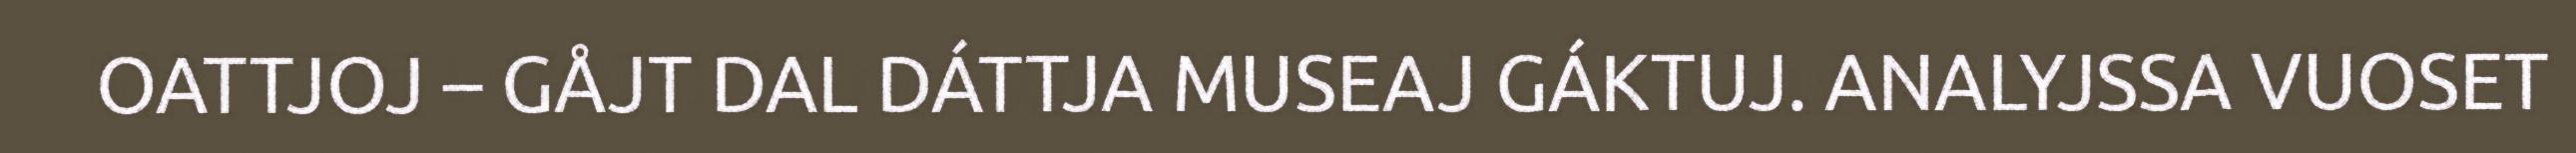
OATTJOJ – GÅJT DAL DÁTTJA MUSEAJ GÁKTUJ. ANALYJSSA VUOSET